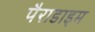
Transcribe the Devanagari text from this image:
पैराडाइम